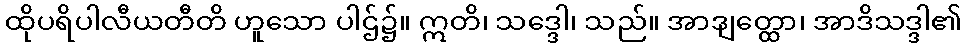
ထိုပရိပါလီယတီတိ ဟူသော ပါဌ်၌။ ဣတိ၊ သဒ္ဒေါ၊ သည်။ အာဒျတ္ထော၊ အာဒိသဒ္ဒါ၏